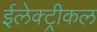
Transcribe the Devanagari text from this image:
ईलेक्ट्रीकल